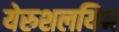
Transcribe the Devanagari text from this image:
येरुशलयिम